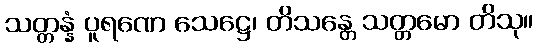
သတ္တန္နံ ပူရဏေ သေဋ္ဌေ၊ တိသန္တေ သတ္တမော တိသု။